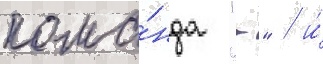
кома́нда "-" / и́